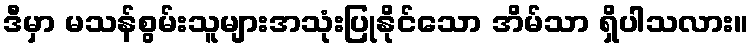
ဒီမှာ မသန်စွမ်းသူများအသုံးပြုနိုင်သော အိမ်သာ ရှိပါသလား။